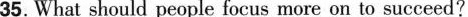
35. What should people focus more on to succeed?